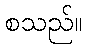
စသည်။